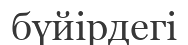
бүйірдегі